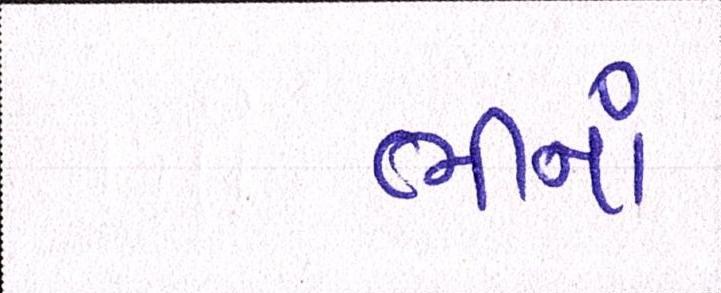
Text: ભીનાં